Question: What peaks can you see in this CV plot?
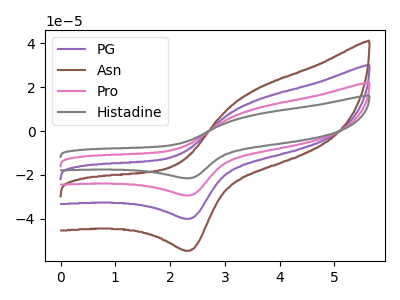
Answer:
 <answer>The purple curve "PG" has an anodic peak at (3.55V, 13.80uA) and a cathodic peak at (2.35V, -40.10uA). The brown curve "Asn" has an anodic peak at (3.55V, 18.85uA) and a cathodic peak at (2.35V, -54.70uA). The pink curve "Pro" has an anodic peak at (3.55V, 27.65uA) and a cathodic peak at (2.35V, -80.25uA). The gray curve "Histadine" has an anodic peak at (3.55V, 41.45uA) and a cathodic peak at (2.35V, -120.35uA).</answer>
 <eval></eval>